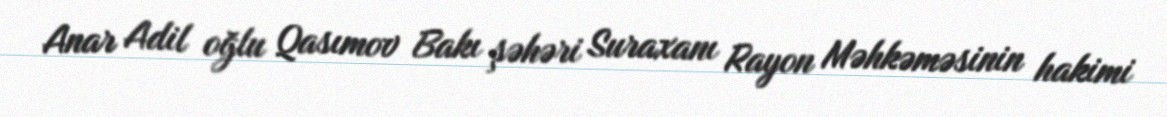
Anar Adil oğlu Qasımov Bakı şəhəri Suraxanı Rayon Məhkəməsinin hakimi